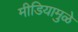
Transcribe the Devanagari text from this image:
मीडियामुळे